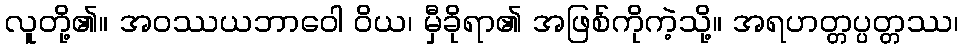
လူတို့၏။ အဝဿယဘာဝေါ ဝိယ၊ မှီခိုရာ၏ အဖြစ်ကိုကဲ့သို့။ အရဟတ္တပ္ပတ္တဿ၊